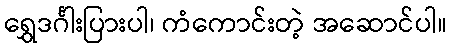
ရွှေဒင်္ဂါးပြားပါ၊ ကံကောင်းတဲ့ အဆောင်ပါ။